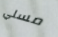
مسلي